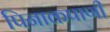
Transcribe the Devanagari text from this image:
पिनाकपाणी